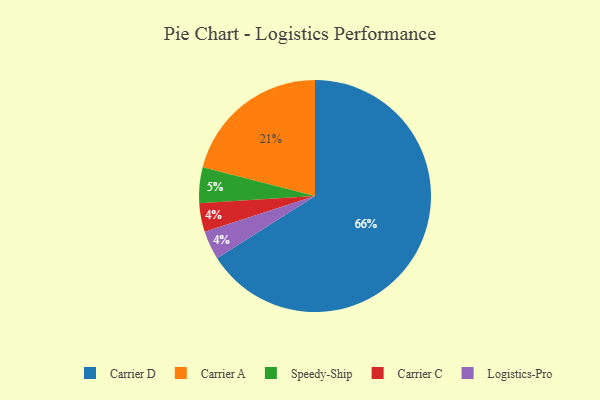
{"axis": {"x": "Category", "y": "Percentage"}, "legend": ["Carrier A", "Carrier C", "Carrier D", "Logistics-Pro", "Speedy-Ship"], "data": [{"x": "Carrier A", "y": 21, "type": "Carrier A"}, {"x": "Speedy-Ship", "y": 5, "type": "Speedy-Ship"}, {"x": "Carrier D", "y": 66, "type": "Carrier D"}, {"x": "Carrier C", "y": 4, "type": "Carrier C"}, {"x": "Logistics-Pro", "y": 4, "type": "Logistics-Pro"}]}